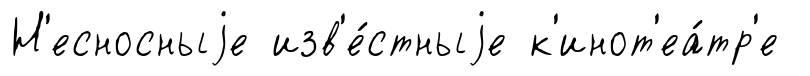
Н'есносныjе изв'е́стныjе к'инот'еа́тр'е